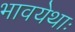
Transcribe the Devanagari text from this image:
भावयेथाः